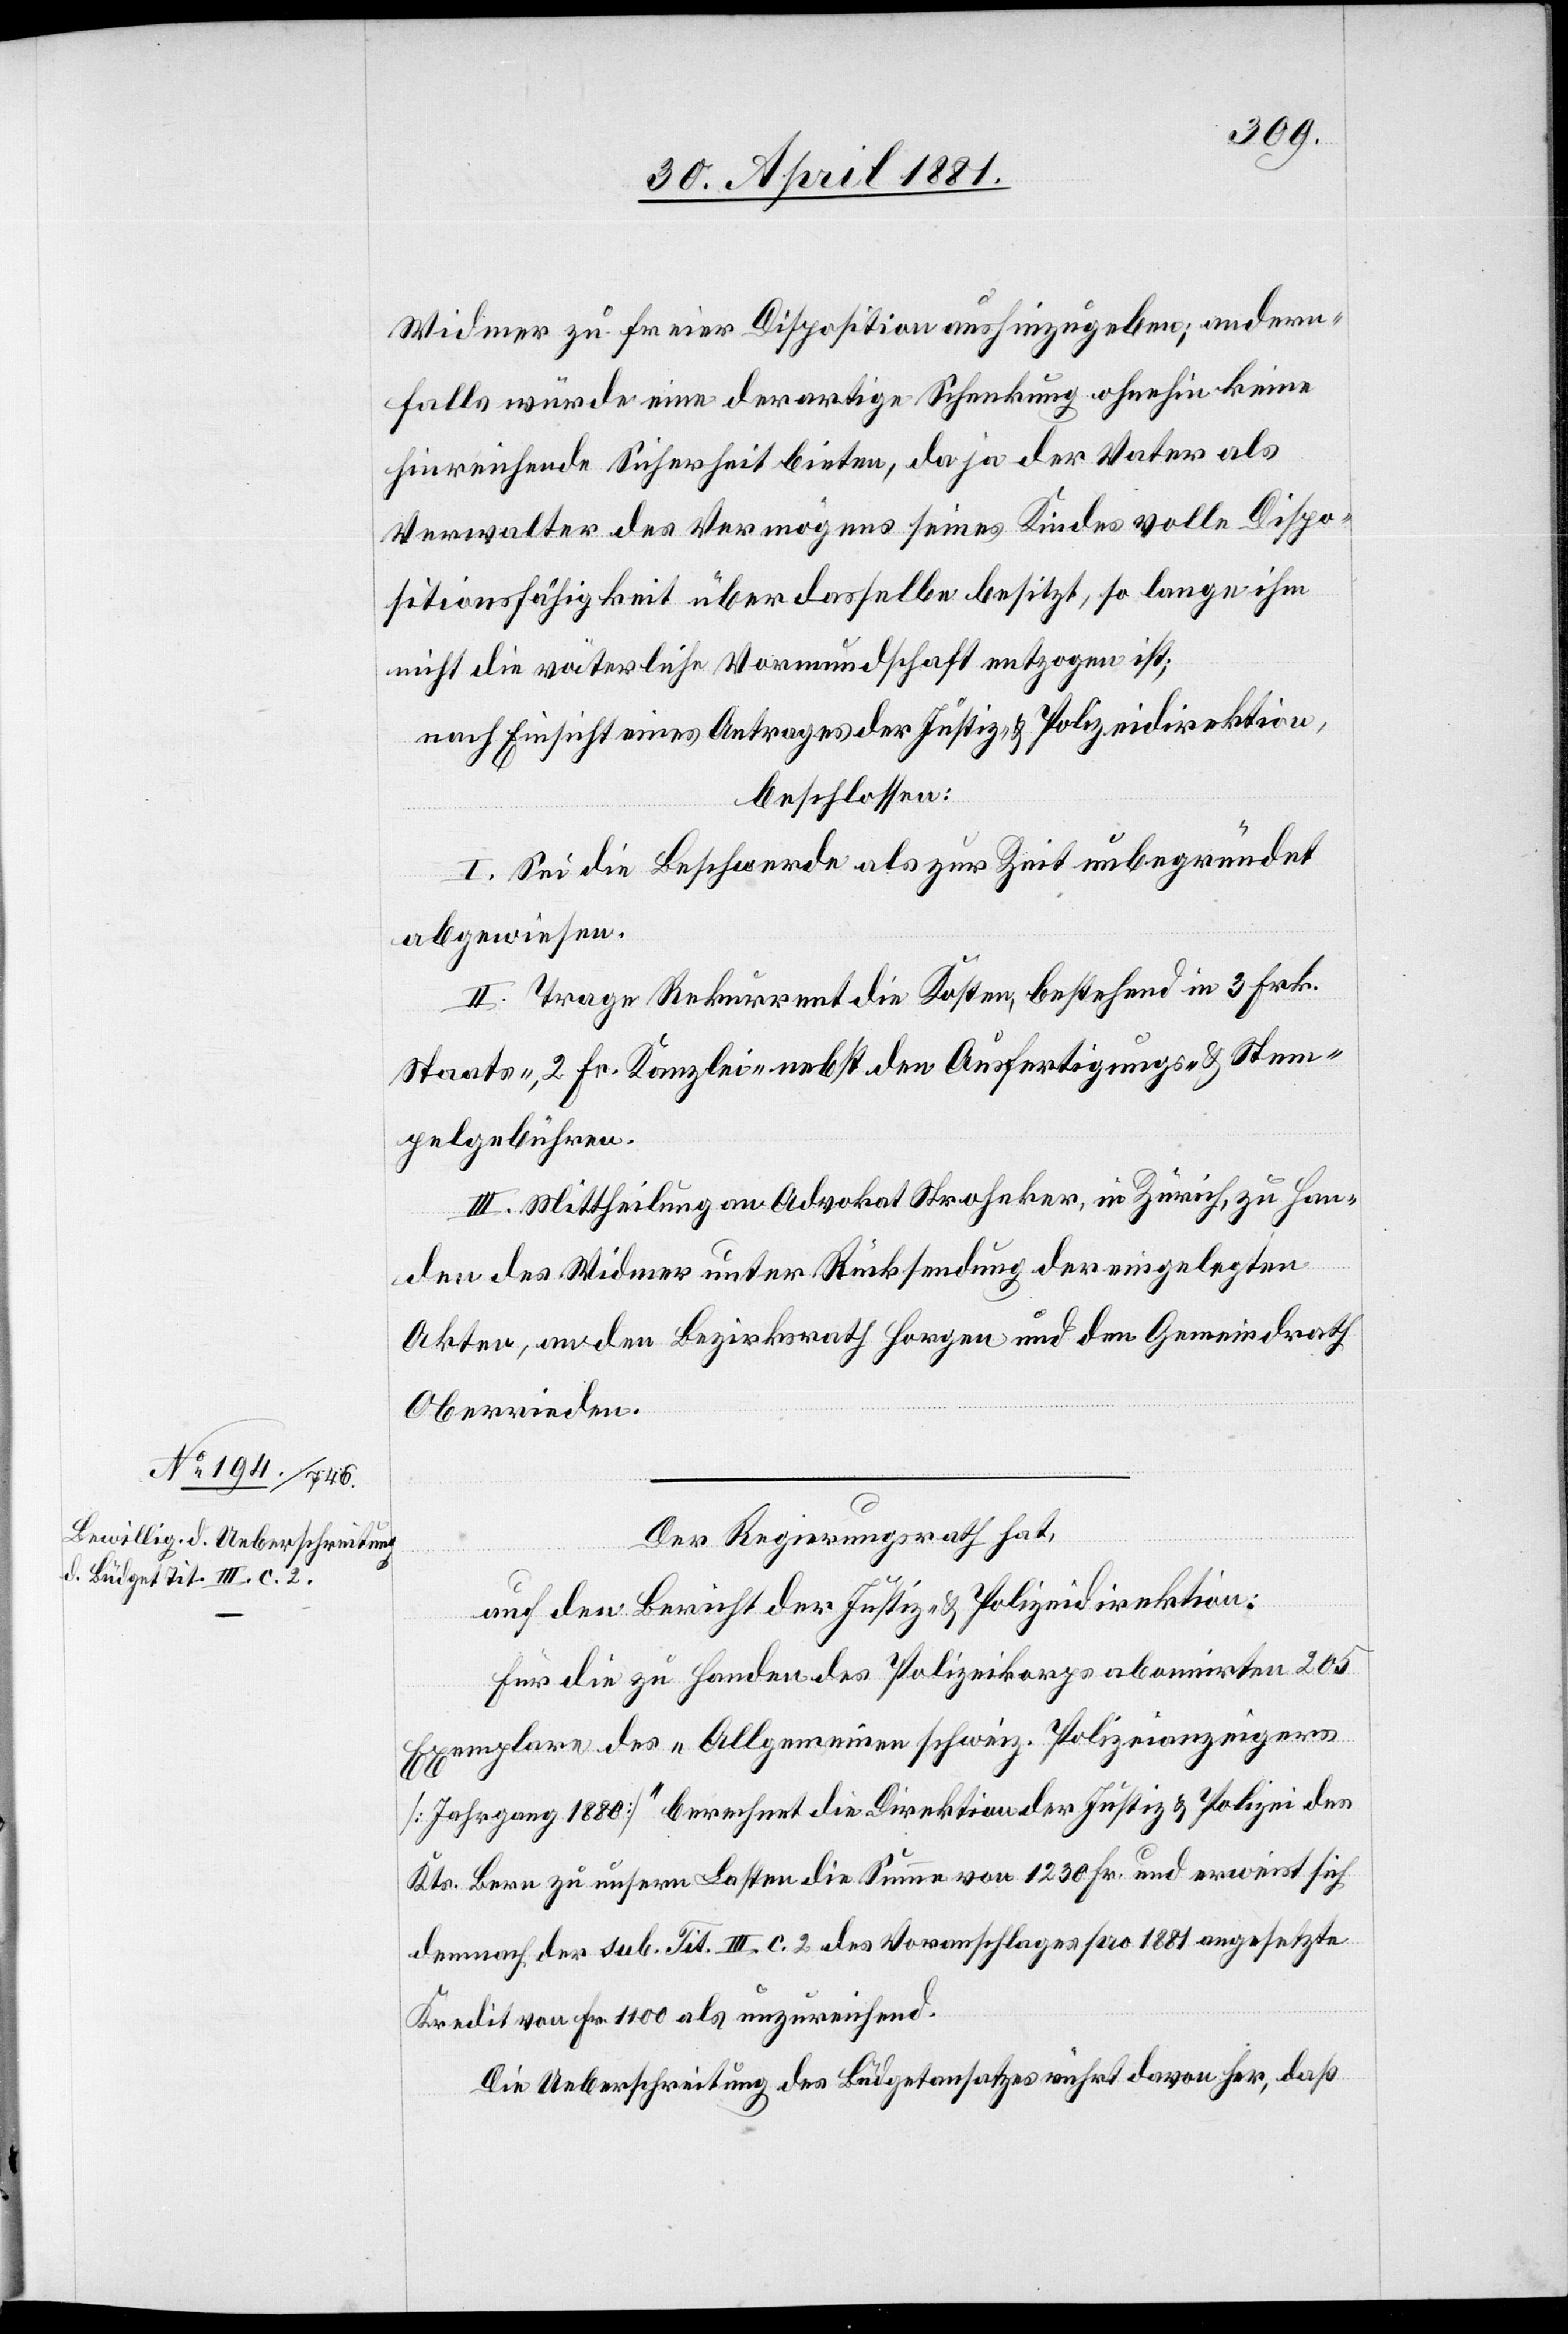
Widmer zu freier Disposition aushinzugeben; andern¬
falls würde eine derartige Schenkung ohnehin keine
hinreichende Sicherheit bieten, da ja der Vater als
Verwalter des Vermögens seines Kindes volle Dispo¬
sitionsfähigkeit über dasselbe besitzt, so lange ihm
nicht die väterliche Vormundschaft entzogen ist;
nach Einsicht eines Antrages der Justiz- & Polizeidirektion,
beschlossen:
I. Sei die Beschwerde als zur Zeit unbegründet
abgewiesen.
II. Trage Rekurrent die Kosten, bestehend in 3 Frk.
Staats-, 2 Fr. Kanzlei- nebst den Ausfertigungs- & Stem¬
pelgebühren.
III. Mittheilung an Advokat Stroheker [sic!], in Zürich, zu Han¬
den des Widmer unter Rücksendung der eingelegten
Akten, an den Bezirksrath Horgen und den Gemeindrath
Oberrieden.
Der Regierungsrath hat,
auf den Bericht der Justiz- & Polizeidirektion:
Für die zu Handen des Polizeikorps abonnirten 205
Exemplare des „Allgemeinen schweiz. Polizeianzeigers
[Jahrgang 1880]“ berechnet die Direktion der Justiz & Polizei des
Kts. Bern zu unsern Lasten die Summe von 1230 Fr. und erweist sich
danach der sub. Tit. III. c. 2 des Voranschlages pro 1881 angesetzte
Kredit von Fr. 1100 als unzureichend.
Die Ueberschreitung des Büdgetansatzes rührt davon her, daß